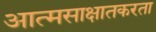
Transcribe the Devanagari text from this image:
आत्मसाक्षातकरता